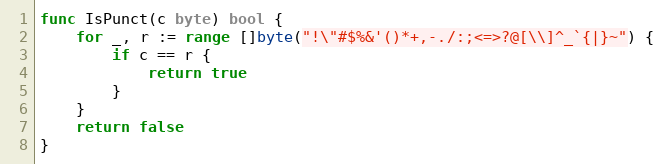
Language: Go
func IsPunct(c byte) bool {
	for _, r := range []byte("!\"#$%&'()*+,-./:;<=>?@[\\]^_`{|}~") {
		if c == r {
			return true
		}
	}
	return false
}